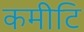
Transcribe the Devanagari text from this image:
कमीटि